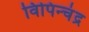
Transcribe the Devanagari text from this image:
विपिन्चंद्र